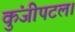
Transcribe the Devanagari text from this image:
कुंजीपटल।